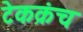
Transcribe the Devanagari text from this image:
टेकक्रंच